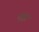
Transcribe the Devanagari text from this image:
एंट्रो